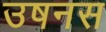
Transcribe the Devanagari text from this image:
उषनस